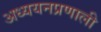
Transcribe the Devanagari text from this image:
अध्ययनप्रणाली